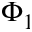
\Phi _ { 1 }